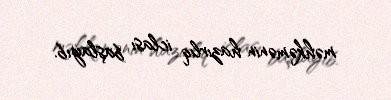
məhkəmənin hazırlıq iclası başlayıb.